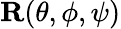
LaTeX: {\mathbf R}(\theta,\phi,\psi)